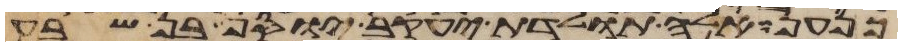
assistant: כנען אלה תולדת יעקב יוסף בן שבע